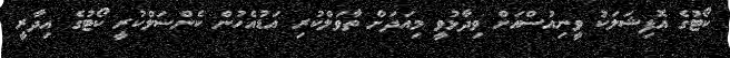
ކޯޓުގެ އޮފިޝަލަކު ވީނިއުސްއަށް ވިދާޅުވީ މިއަދަށް ތާވަލްކުރި އަޑުއެހުން ކެންސަލްކުރީ ކޯޓުގެ އިދާރީ